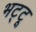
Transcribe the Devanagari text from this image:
भट्टू